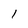
Character: l